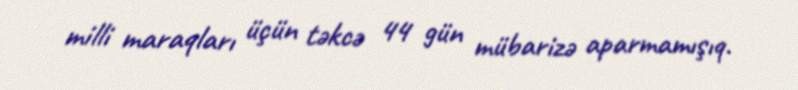
milli maraqları üçün təkcə 44 gün mübarizə aparmamışıq.